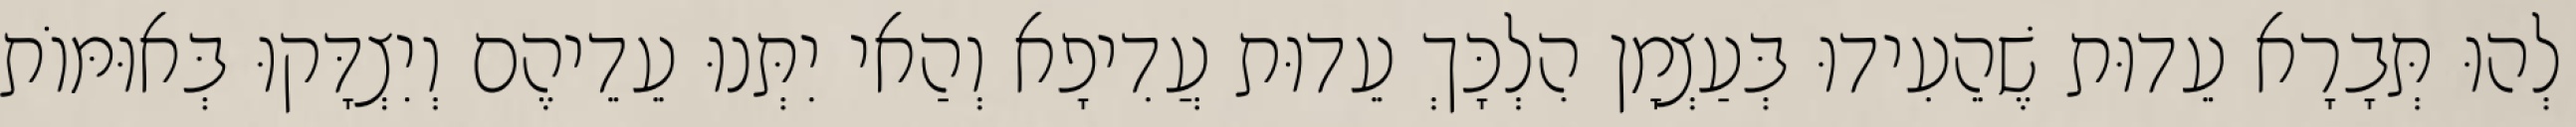
לְהוּ תְּבָרָא עֵדוּת שֶׁהֵעִידוּ בְּעַצְמָן הִלְכָּךְ עֵדוּת עֲדִיפָא וְהַאי יִתְּנוּ עֵדֵיהֶם וְיִצְדָּקוּ בְּאוּמּוֹת